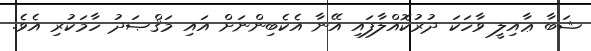
ޝަބާ ޢާއިލީ ވާހަކަ ދުރުކޮއްލާފައި އޭނާ އެކެބިންނަށް އައި މަޤްޞަދު ހާމަކުރި އެވެ.